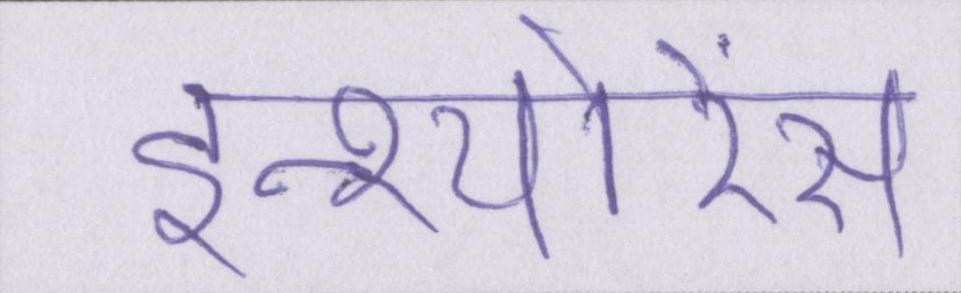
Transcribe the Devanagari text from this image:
इन्श्योरेंस